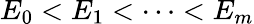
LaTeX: E_{0}<E_{1}<\cdots<E_{m}